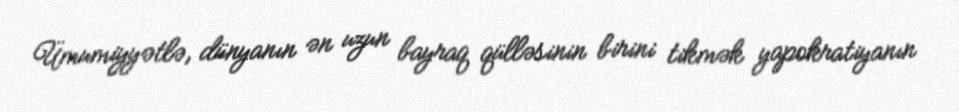
Ümumiyyətlə, dünyanın ən uzun bayraq qülləsinin birini tikmək yapokratiyanın